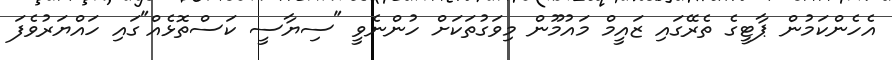
އެހެންކަމުން ޕާޓީގެ ތެރޭގައި ޒައީމް މައުމޫން މިވަގުތަކަށް ހުންނެވީ "ސިޔާސީ ކަސްތޮޅެއް"ގައި ހައްޔަރުވެފަ